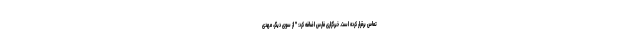
تماس برقرار کرده است. خبرگزاری فارس اضافه کرد: " از سوی دیگر، مهدی